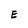
Character: E